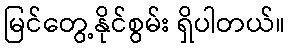
မြင်တွေ့နိုင်စွမ်း ရှိပါတယ်။